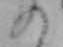
の